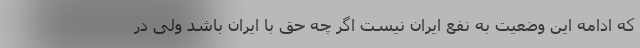
که ادامه این وضعیت به نفع ایران نیست اگر چه حق با ایران باشد ولی در